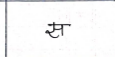
मजकूर: स